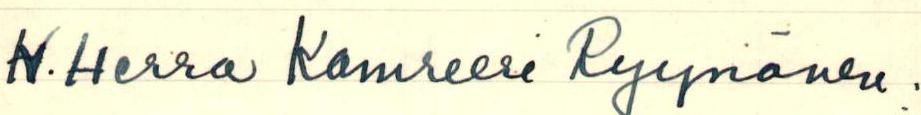
H. Herra Kamreeri Ryynänen: